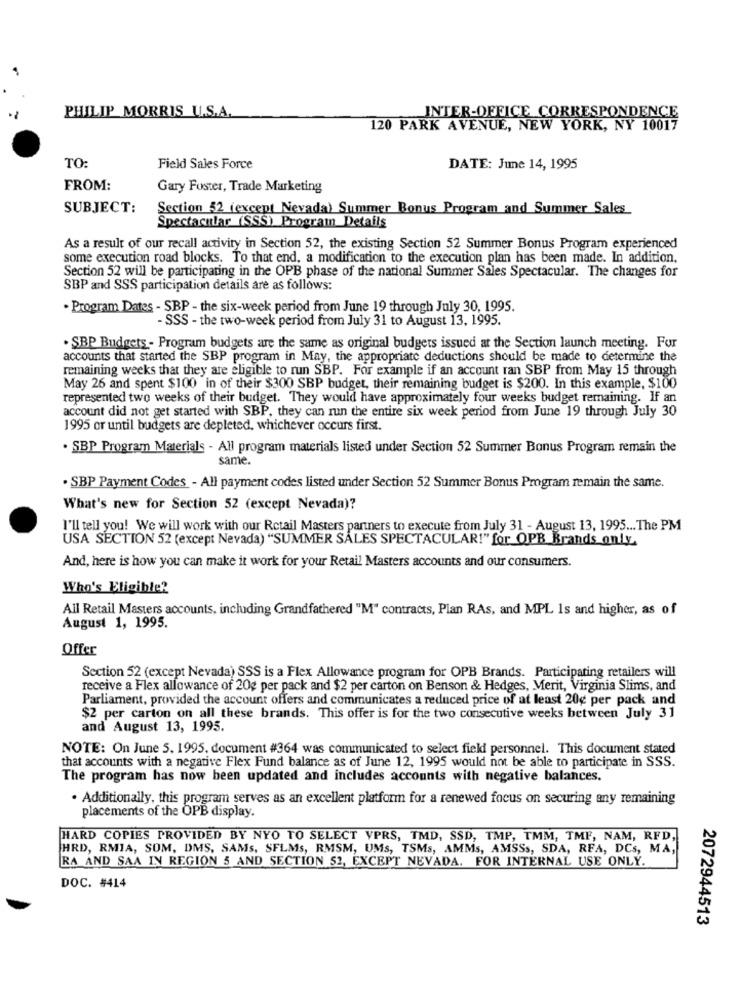
PHILIP MORRIS U.S.A.
INTER-OFFICE CORRESPONDENCE
120 PARK AVENUE, NEW YORK, NY 10017
TO:
Field Sales Force
DATE: June 14, 1995
FROM:
Gary Foster, Trade Marketing
SUBJECT:
Section 52 (except Nevada) Summer Bonus Program and Summer Sales
Spectacular (SSS) Program Details
As a result of our recall activity in Section 52, the existing Section 52 Summer Bonus Program experienced
some execution road blocks. To that end, a modification to the execution plan has been made. In addition.
Section 52 will be participating in the OPB phase of the national Summer Sales Spectacular. The changes for
SBP and SSS participation details are as follows:
. Program Dates - SBP - the six-week period from June 19 through July 30, 1995.
-SSS - the two-week period from July 31 to August 13, 1995.
. SBP Budgets - Program budgets are the same as original budgets issued at the Section launch meeting. For
accounts that started the SBP program in May, the appropriate deductions should be made to determine the
remaining weeks that they are eligible to run SBP. For example if an account ran SBP from May 15 through
May 26 and spent $100 in of their $300 SBP budget, their remaining budget is $200. In this example, $100
represented two weeks of their budget. They would have approximately four weeks budget remaining. If an
account did not get started with SBP, they can run the entire six week period from June 19 through July 30
1995 or until budgets are depleted, whichever occurs first.
. SBP Program Materials - All program materials listed under Section 52 Summer Bonus Program remain the
same.
. SBP Payment Codes - All payment codes listed under Section 52 Summer Bonus Program remain the same.
What's new for Section 52 (except Nevada)?
I'll tell you! We will work with our Retail Masters partners to execute from July 31 - August 13, 1995 ... The PM
USA SECTION 52 (except Nevada) "SUMMER SALES SPECTACULAR!" for OPB_ Brands only
And, here is how you can make it work for your Retail Masters accounts and our consumers.
Who's Eligible?
All Retail Masters accounts, including Grandfathered "M" contracts, Plan RAs, and MPL 1s and higher, as of
August 1, 1995.
Offer
Section 52 (except Nevada) SSS is a Flex Allowance program for OPB Brands. Participating retailers will
receive a Flex allowance of 20g per pack and $2 per carton on Benson & Hedges, Merit, Virginia Slims, and
Parliament, provided the account offers and communicates a reduced price of at least 20g per pack and
$2 per carton on all these brands. This offer is for the two consecutive weeks between July 31
and August 13, 1995.
NOTE: On June 5, 1995. document #364 was communicated to select fieli personnel. This document stated
that accounts with a negative Flex Fund balance as of June 12, 1995 would not be able to participate in SSS.
The program has now been updated and includes accounts with negative balances.
. Additionally, this program serves as an excellent platform for a renewed focus on securing any remaining
placements of the OPB display.
HARD COPIES PROVIDED BY NYO TO SELECT VPRS, TMD, SSD, TMP, TMM, TMF, NAM, RFD,
HRD, RMIA, SOM, DMS, SAMS, SFLMS, RMSM, UMs, TSMs, AMMs, AMSSs, SDA, RFA, DCS, MA,
RA AND SAA IN REGION 5 AND SECTION 52, EXCEPT NEVADA. FOR INTERNAL USE ONLY.
DOC. #414
2072944513